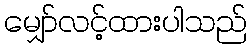
မျှော်လင့်ထားပါသည်